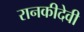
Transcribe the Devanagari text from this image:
रानकीदेवी